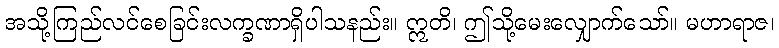
အသို့ကြည်လင်စေခြင်းလက္ခဏာရှိပါသနည်း။ ဣတိ၊ ဤသို့မေးလျှောက်သော်။ မဟာရာဇ၊